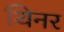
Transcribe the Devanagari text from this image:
थिनर